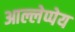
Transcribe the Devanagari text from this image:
आल्लेप्पेय